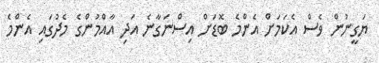
ޔަގީނުން ވެސް އެކަމަށް އެންމެ ބޮޑަށް އިސްނަގާނެ އަދި އާއްމުންގެ މެދުގައި އެންމެ